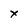
Character: x